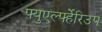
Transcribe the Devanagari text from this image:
फ्युएर्ल्फ्हेरिउप